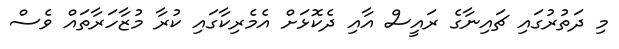
މި ދަތުރުގައި ޗައިނާގެ ރައީސް އާއި ދެކޮޅަށް އެމެރިކާގައި ކުރާ މުޒާހަރާތައް ވެސް